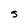
Character: S